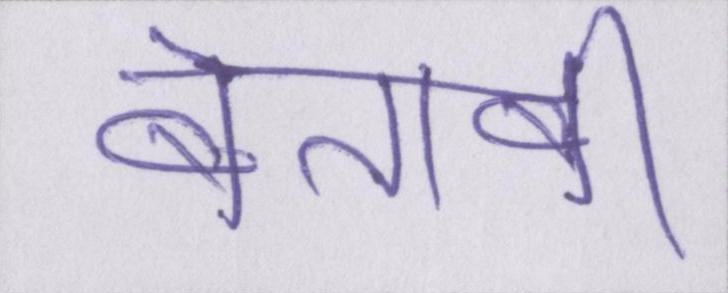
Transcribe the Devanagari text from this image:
बेताबी